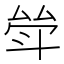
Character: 斚